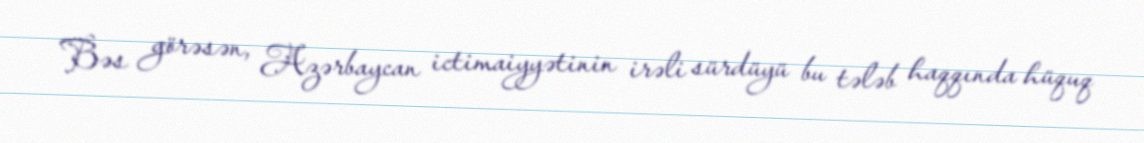
Bəs görəsən, Azərbaycan ictimaiyyətinin irəli sürdüyü bu tələb haqqında hüquq